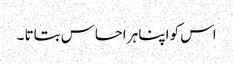
اس کو اپنا ہر احساس بتاتا ۔